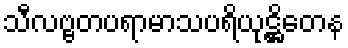
သီလဗ္ဗတပရာမာသပရိယုဋ္ဌိတေန